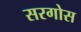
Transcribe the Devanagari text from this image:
सरगोस